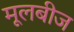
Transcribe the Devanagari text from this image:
मूलबीज